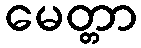
မေတ္တာ